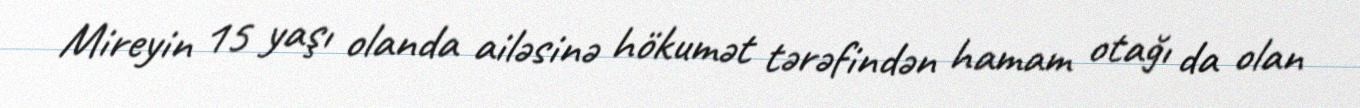
Mireyin 15 yaşı olanda ailəsinə hökumət tərəfindən hamam otağı da olan